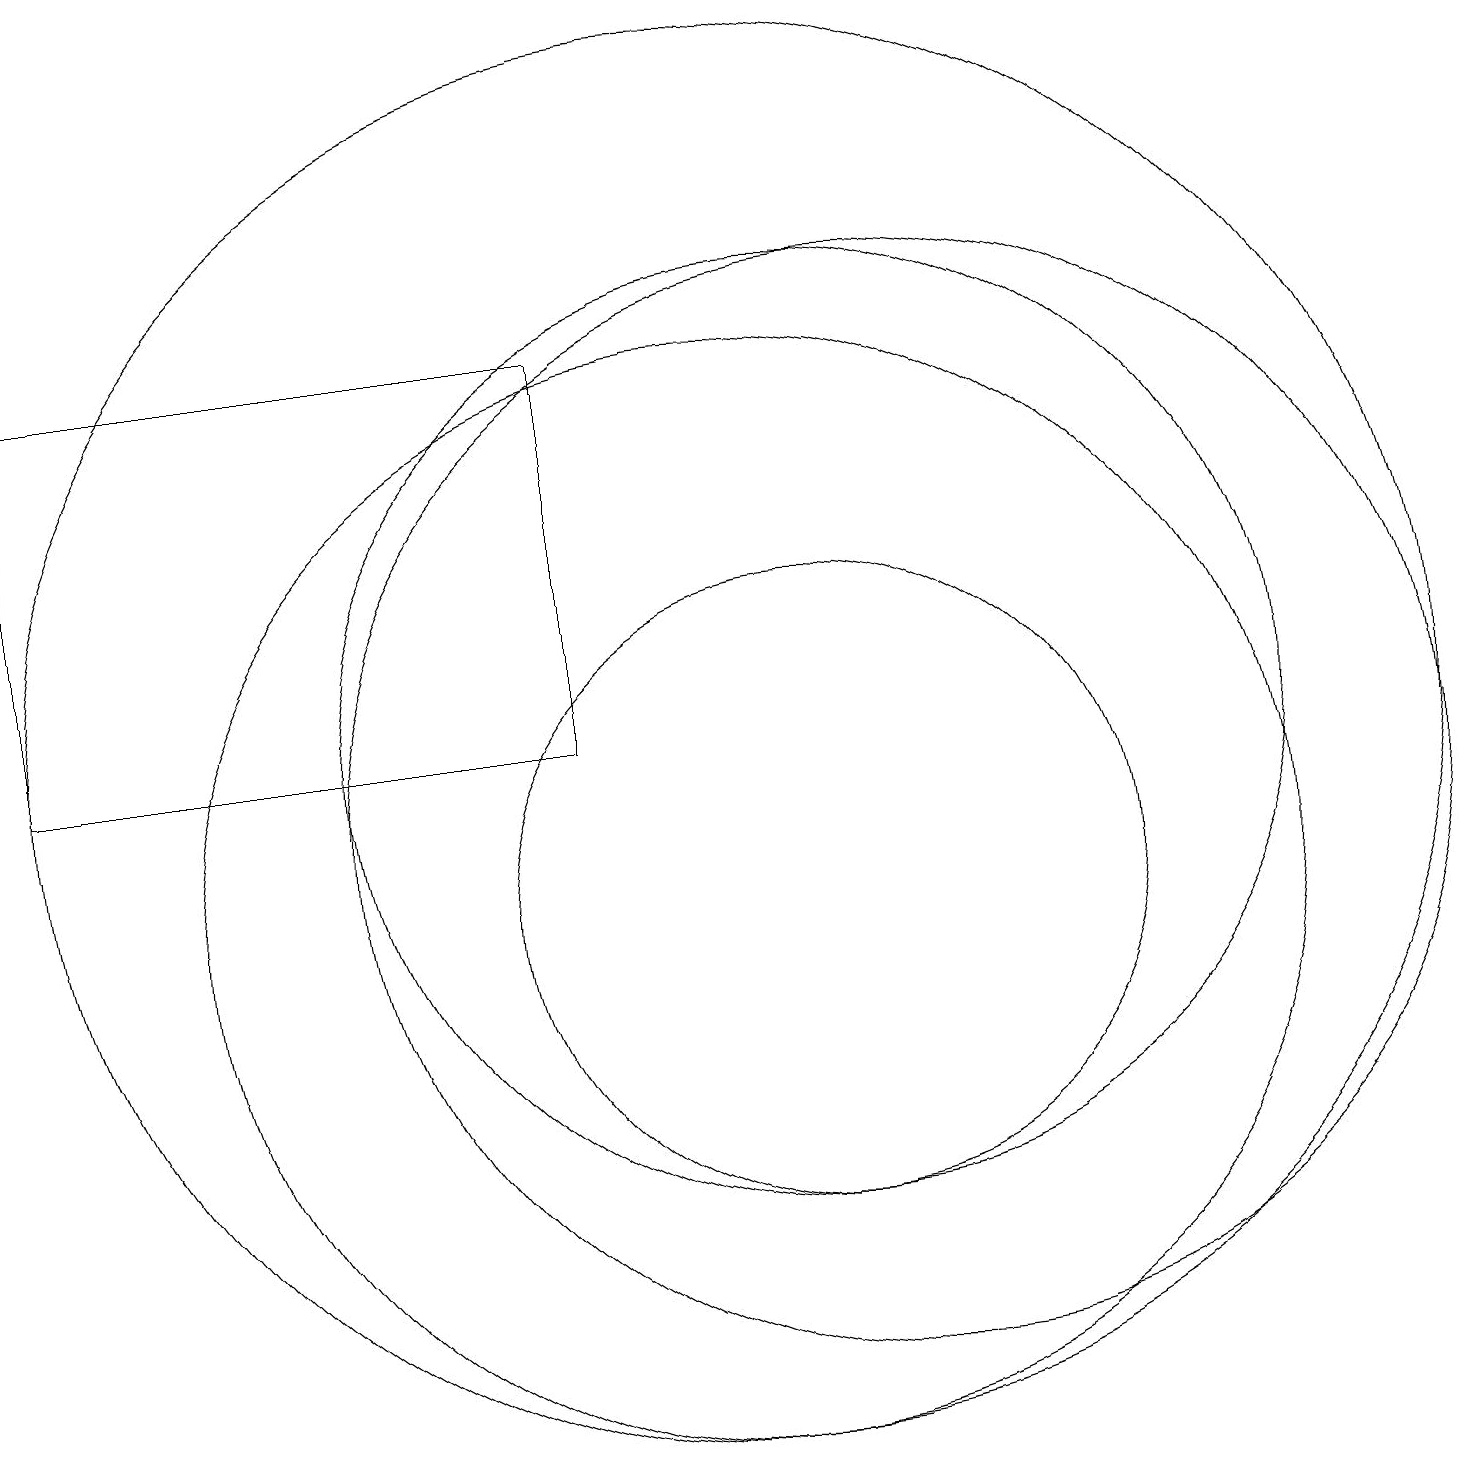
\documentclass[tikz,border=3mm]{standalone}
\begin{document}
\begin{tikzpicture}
\draw (11,10) circle (4);
\draw (12,11) circle (7);
\draw (10,12) circle (9);
\draw (11,12) circle (6);
\draw (1,17) rectangle (8,12);
\draw (10,10) circle (7);
\draw (6,17) rectangle (8,17);
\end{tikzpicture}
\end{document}